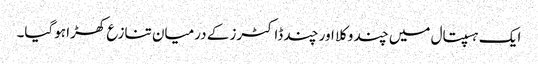
ایک ہسپتال میں چند وکلا اور چند ڈاکٹرز کے درمیان تنازع کھڑا ہوگیا۔